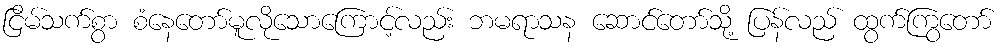
ငြိမ်သက်စွာ စံနေတော်မူလိုသောကြောင့်လည်း ဘမရာသန ဆောင်တော်သို့ ပြန်လည် ထွက်ကြွတော်